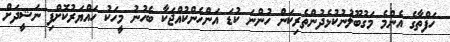
ހަފްތާގެ އެންމެ މަގުބޫލުނުކުޅެދުންތެރިކަން ހުންނަ ކުޑަ އަންހެންކުއްޖަކާ ބެހުނު މީހަކު ހައްޔަރުކޮށްފި ނަޝީދަށް